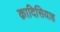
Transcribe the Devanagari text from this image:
क़ादिसियाह